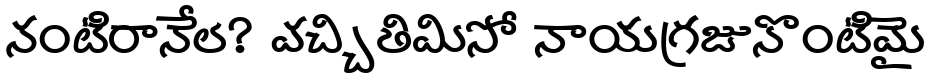
నంటిరానేల? వచ్చితిమిసో నాయగ్రజునొంటిమై